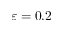
\varepsilon = 0 . 2